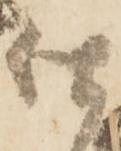
仕